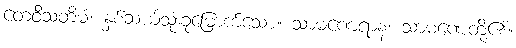
တေဝီသတိမံ၊ နှစ်ဆယ့်သုံးခုမြောက်သော။ သာမဏေရာနံ၊ သာမဏေတို့၏။